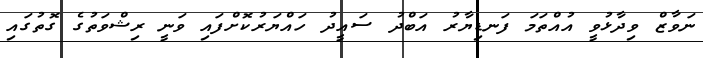
ނަވާޒް ވިދާޅުވީ އުއްތަމަ ފަނޑިޔާރު އަބްދު ސައީދު ހައްޔަރުކޮށްފައި ވަނީ ރިޝްވަތުގެ ގޮތުގައި